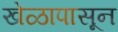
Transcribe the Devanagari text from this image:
खेळापासून